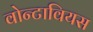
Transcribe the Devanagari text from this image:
वोन्टावियस